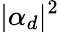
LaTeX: |\alpha_{d}|^{2}